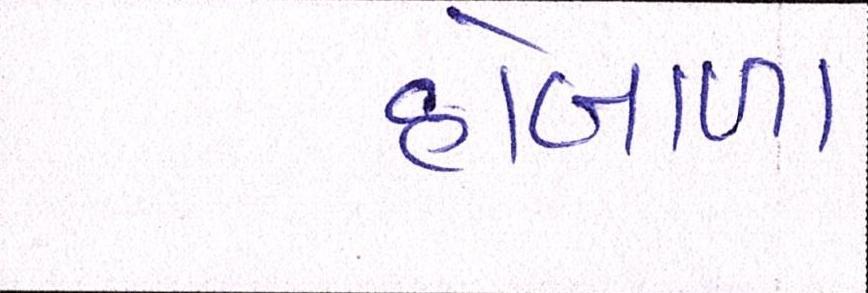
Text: હોબાળા